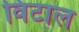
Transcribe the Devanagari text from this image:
विटाल